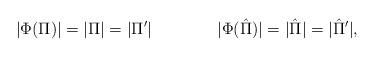
LaTeX: \begin{align*}|\Phi(\Pi)|=|\Pi|=|\Pi^{\prime}|\qquad\qquad|\Phi(\hat{\Pi})|=|\hat{\Pi}|=|\hat{\Pi}^{\prime}|,\end{align*}